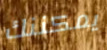
يمكننك